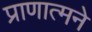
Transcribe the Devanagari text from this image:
प्राणात्मने